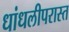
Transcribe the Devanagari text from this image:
धांधलीपरास्त